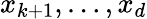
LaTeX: x_{k+1},\ldots,x_{d}